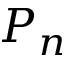
P _ { n }